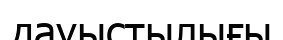
дауыстылығы